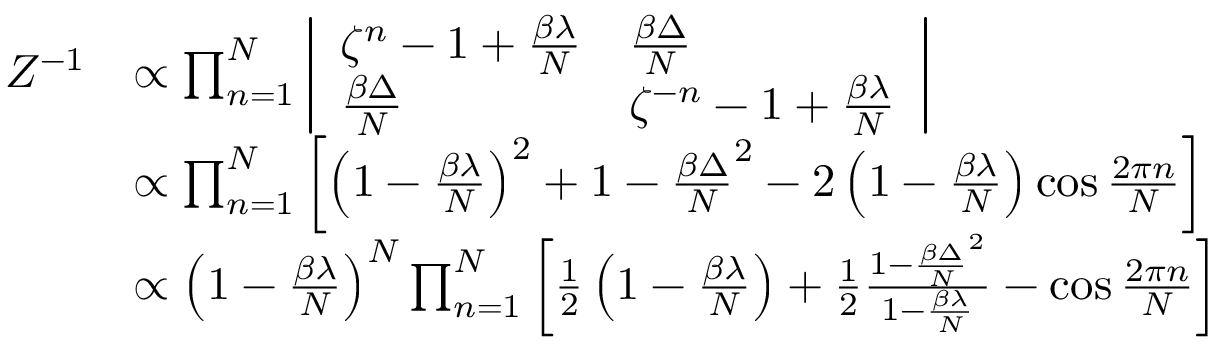
\begin{array} { r l } { Z ^ { - 1 } } & { \propto \prod _ { n = 1 } ^ { N } \left| \begin{array} { l l } { \zeta ^ { n } - 1 + \frac { \beta \lambda } { N } } & { \frac { \beta \Delta } { N } } \\ { \frac { \beta \Delta } { N } } & { \zeta ^ { - n } - 1 + \frac { \beta \lambda } { N } } \end{array} \right| } \\ & { \propto \prod _ { n = 1 } ^ { N } \left[ \left( 1 - \frac { \beta \lambda } { N } \right) ^ { 2 } + 1 - \frac { \beta \Delta } { N } ^ { 2 } - 2 \left( 1 - \frac { \beta \lambda } { N } \right) \cos \frac { 2 \pi n } { N } \right] } \\ & { \propto \left( 1 - \frac { \beta \lambda } { N } \right) ^ { N } \prod _ { n = 1 } ^ { N } \left[ \frac { 1 } { 2 } \left( 1 - \frac { \beta \lambda } { N } \right) + \frac { 1 } { 2 } \frac { 1 - \frac { \beta \Delta } { N } ^ { 2 } } { 1 - \frac { \beta \lambda } { N } } - \cos \frac { 2 \pi n } { N } \right] } \end{array}